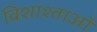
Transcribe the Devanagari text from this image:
विशाश्ताओं